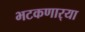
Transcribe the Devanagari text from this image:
भटकणार्‍या